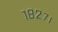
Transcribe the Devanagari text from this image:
१८२७।